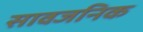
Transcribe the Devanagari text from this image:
सावजनिक